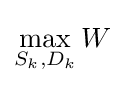
\max _{S_{k},D_{k}}W